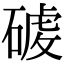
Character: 𮀸